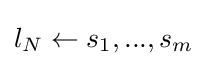
l_{N}\leftarrow s_{1},...,s_{m}